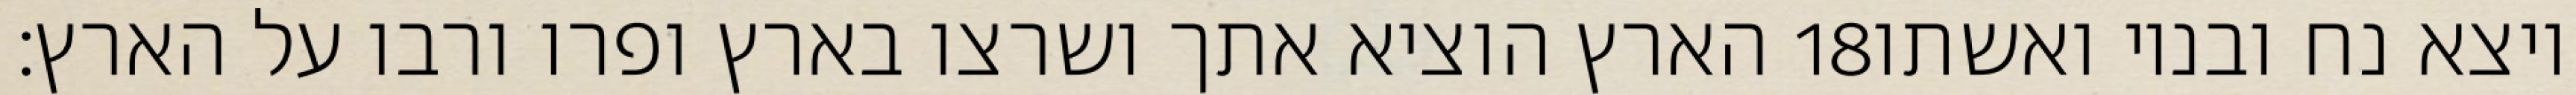
הארץ הוציא אתך ושרצו בארץ ופרו ורבו על הארץ׃ ‎18‏ ויצא נח ובניו ואשתו